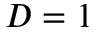
D = 1